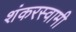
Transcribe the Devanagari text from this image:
शंकरस्वामी